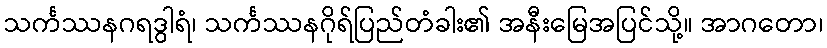
သင်္ကဿနဂရဒွါရံ၊ သင်္ကဿနဂိုရ်ပြည်တံခါး၏ အနီးမြေအပြင်သို့။ အာဂတော၊